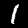
Digit: 1